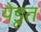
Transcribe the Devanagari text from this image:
येडूत